Burma Government Medical School reports 1907-22
Year: 1907
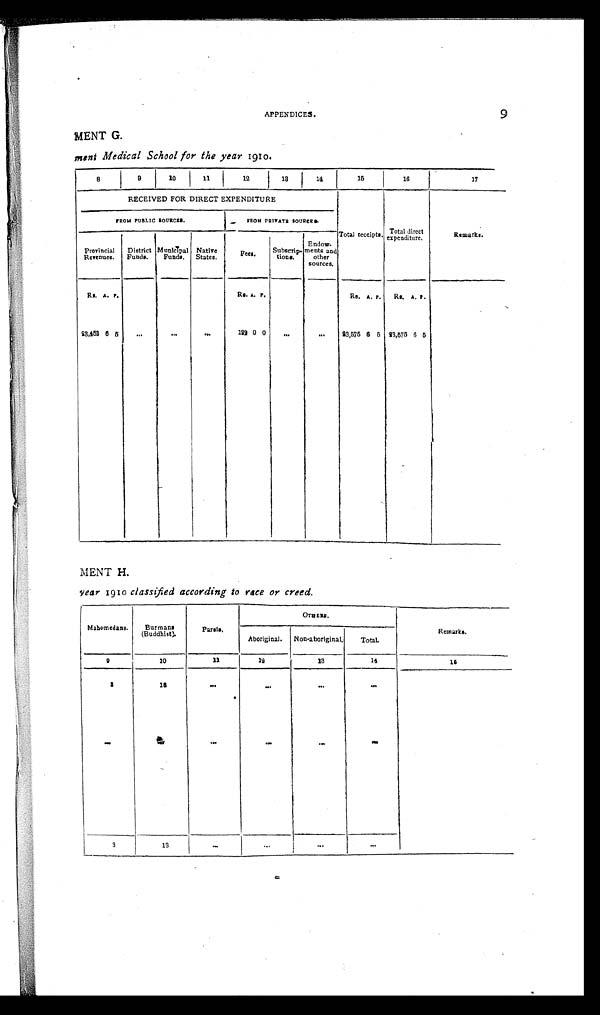
APPENDICES.
9
MENT G.
ment Medical School for the year 1910.
8
9
10
11
12
13
14
1 5
16
17
RECEIVED FOR DIRECT EXPENDITURE
Total receipts. Total direct e x p e n d i t u r e .
Remarks.
F R O M P U B L I C S O U R C E S .
FROM PRIVATE SOURCES.
Provincial
Revenues.
District
Funds.
M u n i c i p a l
Funds.
Native
States.
F e e s .
Subscrip-
ti ons.
Endow-
ments and
other
sources.
Rs. A. P.
Rs. A. P.
Rs. A. P. Rs. A. P .
23,453 6 5
. . .
. . .
. . . 122 0 0
. . .
... 23,575 6 5 23,575 6 5
MENT H.
year 1910 classified according to race or creed.
M a h o m e d a n s .
Burmans
(Buddhist).
P a r a l s .
O T H E R S .
Remarks.
Aboriginal. Non-aboriginal.
Total.
9
10
11
1 2
13
1 4
1 5
3
1 3
. . .
. . .
. . .
. . .
. . .
. . .
. . .
. . .
. . .
. . .
3
13
. . .
. . .
. . .
. . .